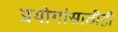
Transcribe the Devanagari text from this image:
प्रयोगांसाठीही